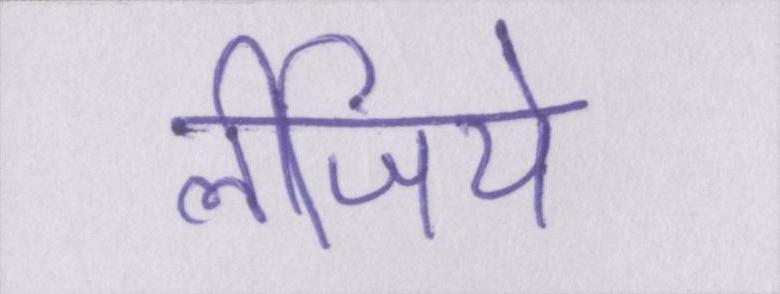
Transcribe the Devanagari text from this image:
लीजिये